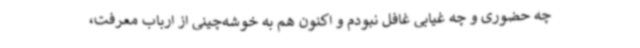
چه حضوری و چه غیابی غافل نبودم و اکنون هم به خوشه‌چینی از ارباب معرفت،